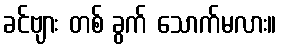
ခင်ဗျား တစ် ခွက် သောက်မလား။